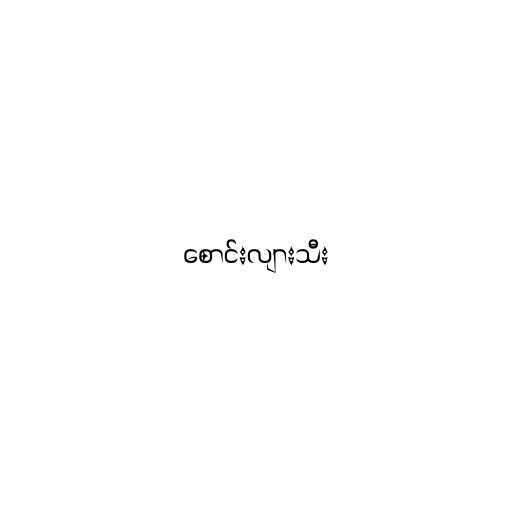
စောင်းလျားသီး